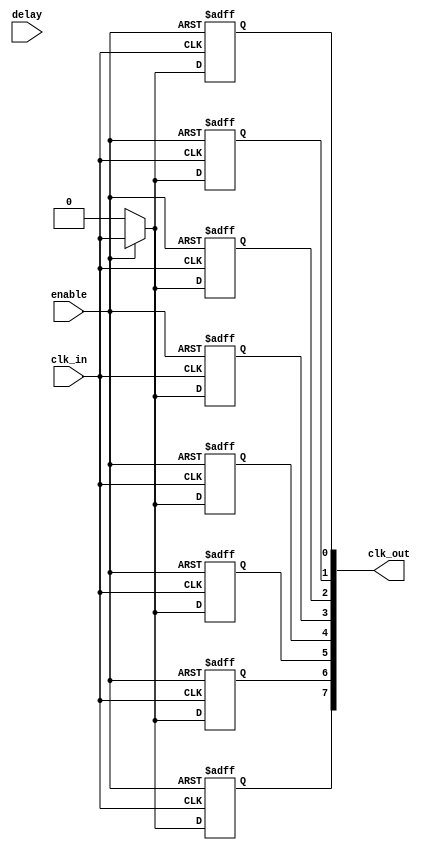
module SkewOptimizedClockBuffer #(
    parameter NUM_OUTPUTS = 8,          // Number of output clock signals
    parameter DELAY_WIDTH = 4            // Width for programmable delay
)(
    input wire clk_in,                   // Input clock signal
    input wire [DELAY_WIDTH-1:0] delay, // Programmable delay input
    input wire enable,                   // Enable signal for the buffer
    output wire [NUM_OUTPUTS-1:0] clk_out // Output clock signals
);

    // Internal signals for delayed clock signals
    wire [NUM_OUTPUTS-1:0] delayed_clks;

    // Generate multiple output clocks with matched delay
    genvar i;
    generate
        for (i = 0; i < NUM_OUTPUTS; i = i + 1) begin : clock_distribution
            // Delay line implementation (simple example)
            // In a real design, you would implement a more sophisticated delay line
            // to achieve matched delay characteristics
            assign delayed_clks[i] = (enable) ? clk_in : 1'b0; // Disable clock output when not enabled
            
            // Add programmable delay (this is a behavioral representation)
            // In practice, you would use a delay element or a specialized cell
            // that can be programmed for specific delays
            always @(posedge clk_in or negedge enable) begin
                if (!enable)
                    clk_out[i] <= 1'b0; // If not enabled, output low
                else
                    clk_out[i] <= delayed_clks[i]; // Assign delayed clock
            end
        end
    endgenerate

endmodule